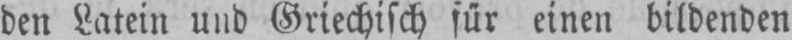
den Latein und Griechisch für einen bildenden